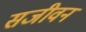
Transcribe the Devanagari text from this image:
सजीवन